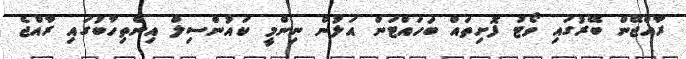
ރާއްޖޭން ބޭރުގައި ވޯޓު ފޮށިތައް ބަހައްޓަން އަލުން ނިންމީ ކައުންސިލް އިންތިހާބުގައި ރާއްޖެ